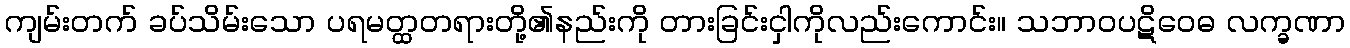
ကျမ်းတက် ခပ်သိမ်းသော ပရမတ္ထတရားတို့၏နည်းကို တားခြင်းငှါကိုလည်းကောင်း။ သဘာဝပဋိဝေဓ လက္ခဏာ